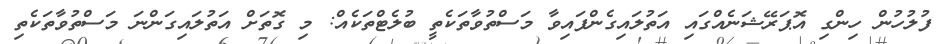
ފުލުހުން ހިންގި އޮޕަރޭޝަނެއްގައި އަތުލައިގެންފައިވާ މަސްތުވާތަކެތީ ބުލެޓްތަކެއް: މި ގޮތަށް އަތުލައިގަންނަ މަސްތުވާތަކެތި